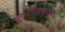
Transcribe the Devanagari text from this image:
दुष्परिणामांचा